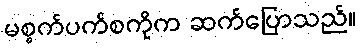
မစ္စက်ပက်စကိုက ဆက်ပြောသည်။